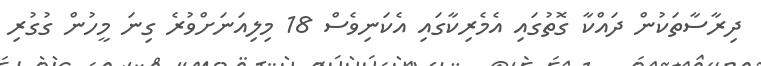
ދިރާސާތަކުން ދައްކާ ގޮތުގައި އެމެރިކާގައި އެކަނިވެސް 18 މިލިއަނަށްވުރެ ގިނަ މީހުން ގުގުރި